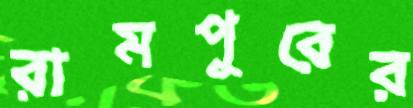
রামপুরের